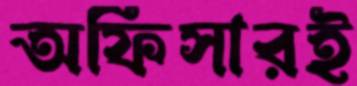
অফিসারই